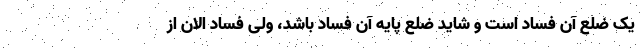
یک ضلع آن فساد است و شاید ضلع پایه آن فساد باشد، ولی فساد الان از